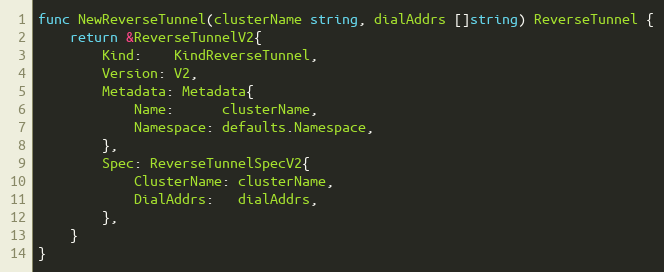
Language: Go
func NewReverseTunnel(clusterName string, dialAddrs []string) ReverseTunnel {
	return &ReverseTunnelV2{
		Kind:    KindReverseTunnel,
		Version: V2,
		Metadata: Metadata{
			Name:      clusterName,
			Namespace: defaults.Namespace,
		},
		Spec: ReverseTunnelSpecV2{
			ClusterName: clusterName,
			DialAddrs:   dialAddrs,
		},
	}
}